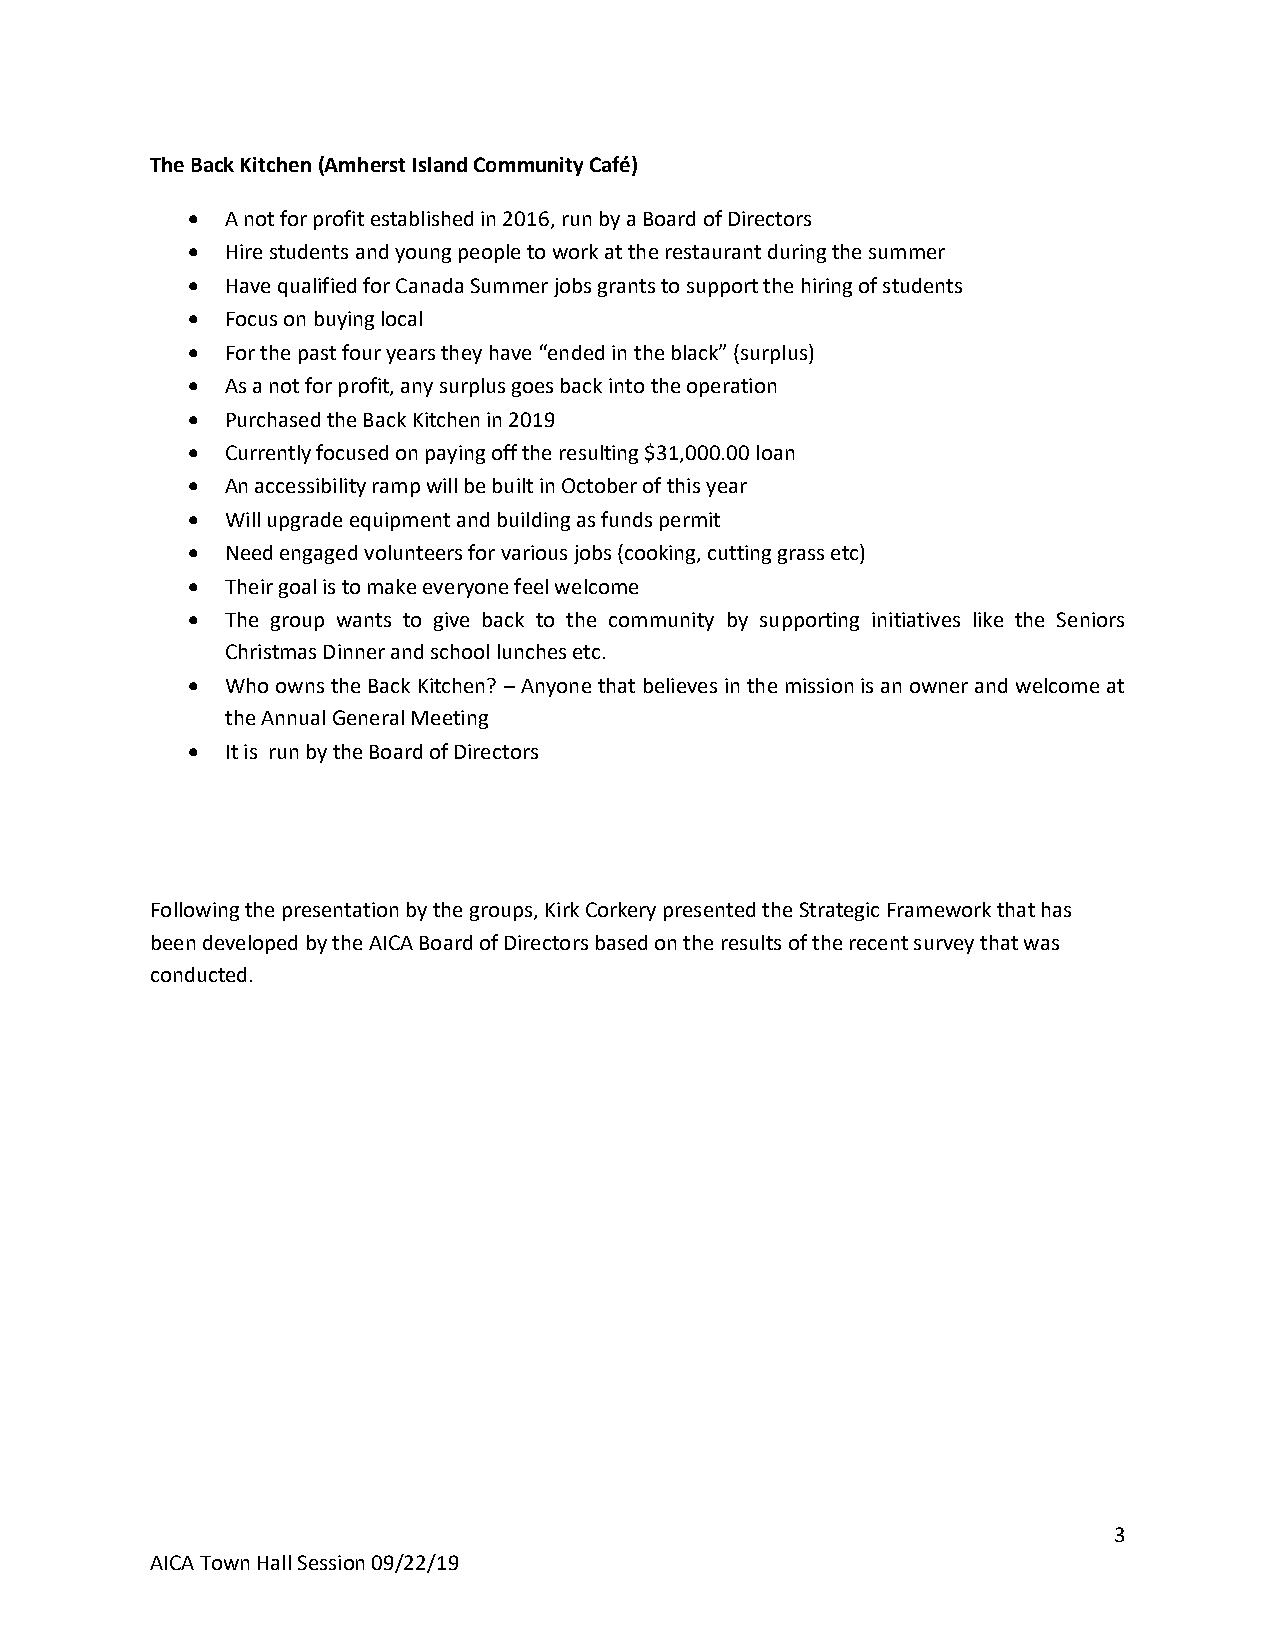
The Back Kitchen (Amherst Island Community Café)
   A not for profit established in 2016, run by a Board of Directors
   Hire students and young people to work at the restaurant during the summer
   Have qualified for Canada Summer jobs grants to support the hiring of students
   Focus on buying local
   For the past four years they have “ended in the black” (surplus)
   As a not for profit, any surplus goes back into the operation
   Purchased the Back Kitchen in 2019
   Currently focused on paying off the resulting $31,000.00 loan
   An accessibility ramp will be built in October of this year
   Will upgrade equipment and building as funds permit
   Need engaged volunteers for various jobs (cooking, cutting grass etc)
   Their goal is to make everyone feel welcome
   The group wants to give back to the community by supporting initiatives like the Seniors
 Christmas Dinner and school lunches etc.
   Who owns the Back Kitchen? – Anyone that believes in the mission is an owner and welcome at
 the Annual General Meeting
   It is run by the Board of Directors
 Following the presentation by the groups, Kirk Corkery presented the Strategic Framework that has
 been developed by the AICA Board of Directors based on the results of the recent survey that was
 conducted.
 3
 AICA Town Hall Session 09/22/19